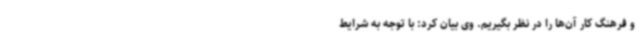
و فرهنگ کار آن‌ها را در نظر بگیریم. وی بیان کرد: با توجه به شرایط